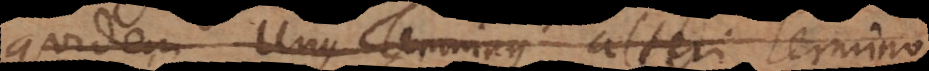
quidem unus Terminus alteri termino